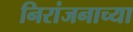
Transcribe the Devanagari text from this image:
निरांजनाच्या